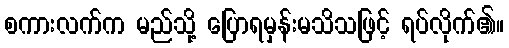
စကားလက်က မည်သို့ ပြောရမှန်းမသိသဖြင့် ရပ်လိုက်၏။